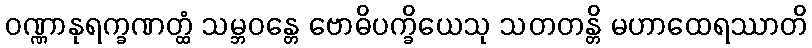
ဝဏ္ဏာနုရက္ခဏတ္ထံ သမ္ဘဝန္တေ ဗောဓိပက္ခိယေသု သတတန္တိ မဟာထေရဿာတိ